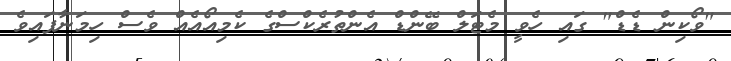
"ވޯކިން ޑެޑް" ގައި ހެވީ މެޓަލް ބޭންޑް އެންތުރެކްސްގެ ކެމިއޯއެއް ވެސް ހިމަނާފައިވެ